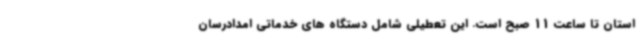
استان تا ساعت 11 صبح است. این تعطیلی شامل دستگاه های خدماتی امدادرسان